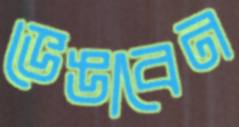
ভেঙাবেন